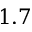
1 . 7